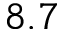
8 . 7